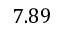
7 . 8 9